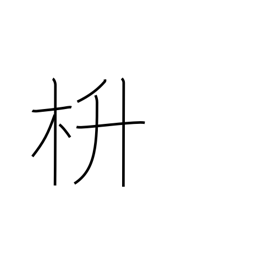
Meaning: (kokuji)